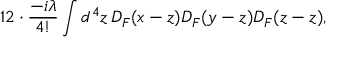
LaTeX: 1 2 \cdot { \frac { - i \lambda } { 4 ! } } \int d ^ { 4 } z \, D _ { F } ( x - z ) D _ { F } ( y - z ) D _ { F } ( z - z ) ,